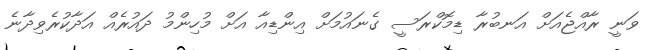
ވަނީ ރާއްޖެއަށް އަނބުރާ ޑިމޮކްރަސީ ގެނައުމަށް އިންޑިއާ އަށް މުހިންމު ދައުރެއް އަދާކުރެވިދާނެ